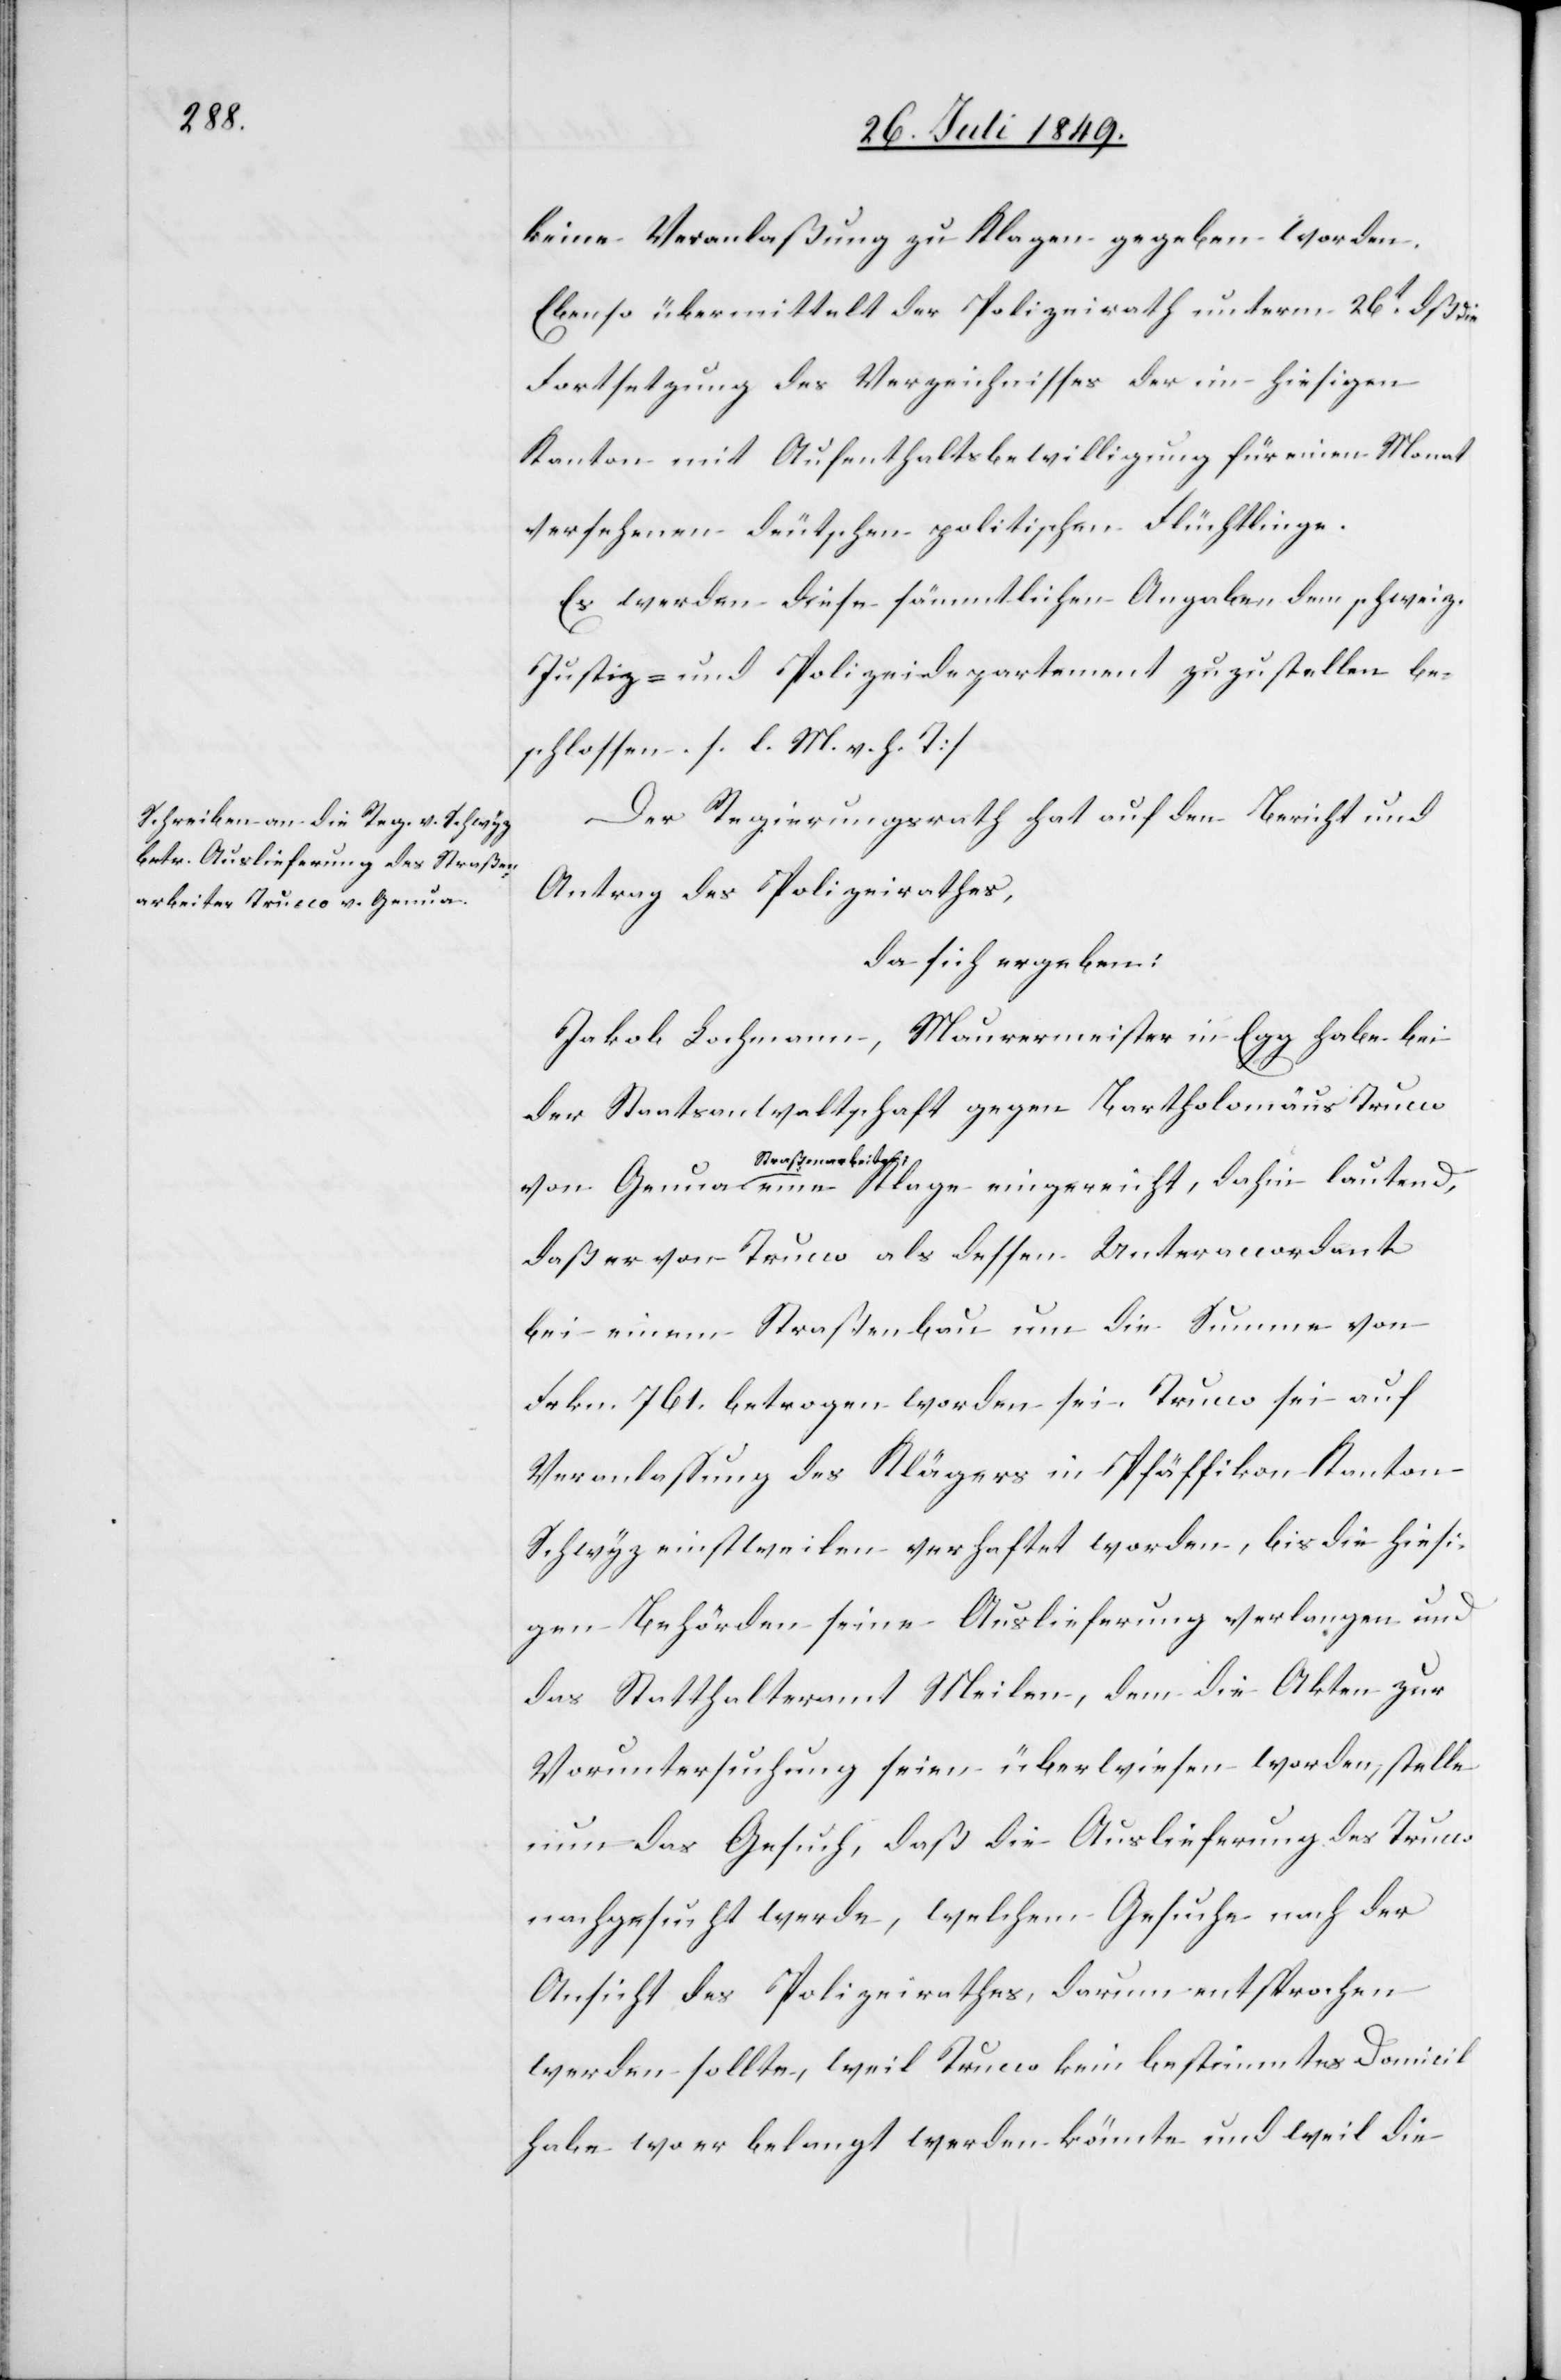
keine Veranlaßung zu Klagen gegeben worden.
Ebenso übermittelt der Polizeirath unterm 26t dß
Fortsetzung des Verzeichnisses der im hiesigen
Kanton mit Aufenthaltsbewilligung für einen Monat
versehenen deutschen politischen Flüchtlinge.
Es werden diese sämmtlichen Angaben dem schweiz.
Justiz- und Polizeidepartement zuzustellen be¬
schlossen. [l. M. v. h. T]
Der Regierungsrath hat auf den Bericht und
Antrag des Polizeirathes,
da sich ergeben:
Jakob Lochmann, Maurermeister in Egg habe bei
der Staatsanwaltschaft gegen Bartholomäus Trucco
a-Straßenarbeiter-a
daß er von Trucco als dessen Unteraccordant
bei einem Straßenbau um die Summe von
Frkn. 761. betrogen worden sei. Trucco sei auf
Veranlaßung des Klägers in Pfäffikon Kanton
Schwyz einstweilen verhaftet worden, bis die hiesi¬
gen Behörden seine Auslieferung verlangen und
das Statthalteramt Meilen, dem die Akten zur
Voruntersuchung seien überwiesen worden, stelle
nun das Gesuch, daß die Auslieferung des Trucco
nachgesucht werde, welchem Gesuche nach der
Ansicht des Polizeirathes, darum entsprochen
werden sollte, weil Trucco kein bestimmtes Domicil
habe wo er belangt werden könnte und weil die